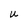
Character: U